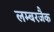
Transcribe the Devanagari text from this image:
लम्बरजैक